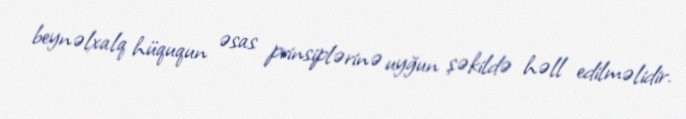
beynəlxalq hüququn əsas prinsiplərinə uyğun şəkildə həll edilməlidir.